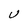
Character: U